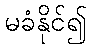
မခံနိုင်၍